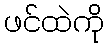
ဖင်ထဲကို